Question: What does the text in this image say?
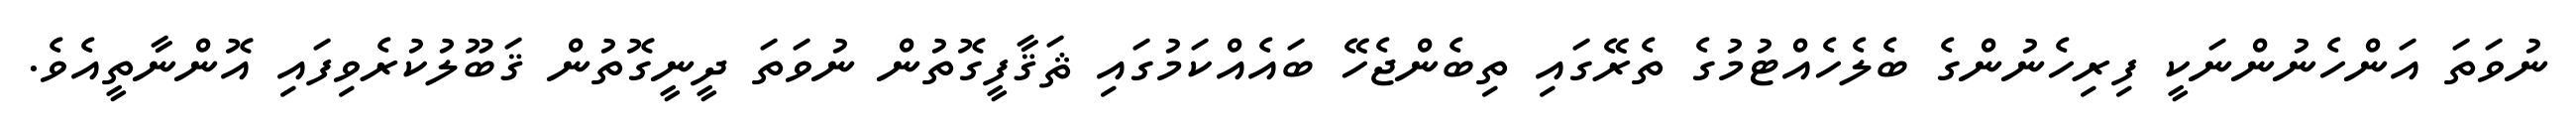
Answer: ނުވަތަ އަންހެނުންނަކީ ފިރިހެނުންގެ ބެލެހެއްޓުމުގެ ތެރޭގައި ތިބެންޖެހޭ ބައެއްކަމުގައި ޘަޤާފީގޮތުން ނުވަތަ ދީނީގޮތުން ޤަބޫލުކުރެވިފައި އޮންނާތީއެވެ.